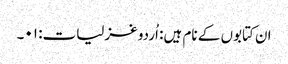
ان کتابوں کے نام ہیں: اُردو غزلیات: ۰۱۔